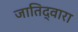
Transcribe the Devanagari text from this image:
जातिद्वारा